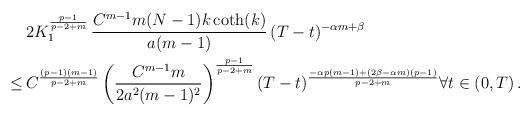
LaTeX: \begin{align*}\begin{aligned}& \, 2 K_1^{\frac{p-1}{p-2+m}} \, \frac{ C^{m-1}m (N-1) k \coth(k) }{a(m-1)} \, (T-t)^{-\alpha m+\beta}\\\leq & \, C^{\frac{(p-1)(m-1)}{p-2+m}}\left(\frac{C^{m-1}m}{2 a^2(m-1)^2}\right)^{\frac{p-1}{p-2+m}} (T-t)^{\frac{-\alpha p(m-1)+ (2\beta-\alpha m)(p-1)}{p-2+m}} \forall t \in (0,T) \, .\end{aligned}\end{align*}